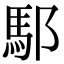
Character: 䣕